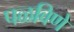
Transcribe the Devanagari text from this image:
पळविणे